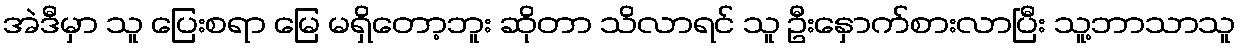
အဲဒီမှာ သူ ပြေးစရာ မြေ မရှိတော့ဘူး ဆိုတာ သိလာရင် သူ ဦးနှောက်စားလာပြီး သူ့ဘာသာသူ